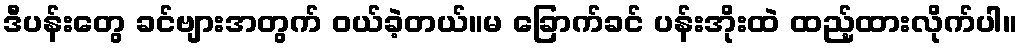
ဒီပန်းတွေ ခင်ဗျားအတွက် ဝယ်ခဲ့တယ်။မ ခြောက်ခင် ပန်းအိုးထဲ ထည့်ထားလိုက်ပါ။